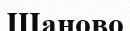
Шаново